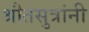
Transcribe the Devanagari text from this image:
श्रौतसुत्रांनी